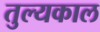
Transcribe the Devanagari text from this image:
तुल्यकाल